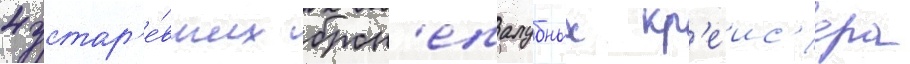
4 устар'е́вших брон'епалубных кр'еис'ера